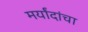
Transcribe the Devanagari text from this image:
मर्यांदांचा